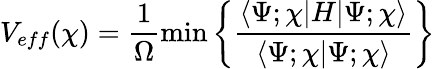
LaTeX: V_{eff}(\chi)=\frac{1}{\Omega}\mathrm{min}\left\{ \frac{\langle\Psi;\chi|H|\Psi;\chi\rangle}{\langle\Psi;\chi|\Psi;\chi\rangle}\right\}